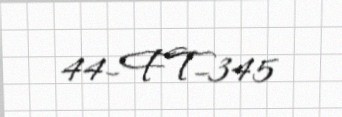
44-FT-345